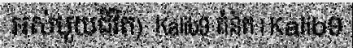
អស់មួយជីវិត)  Kalib9 គំនិត | Kalib9